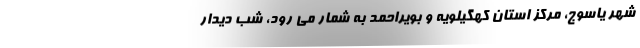
شهر یاسوج، مرکز استان کهگیلویه و بویراحمد به شمار می رود، شب دیدار